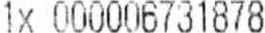
1X 000006731878